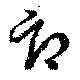
郎